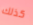
كذلك